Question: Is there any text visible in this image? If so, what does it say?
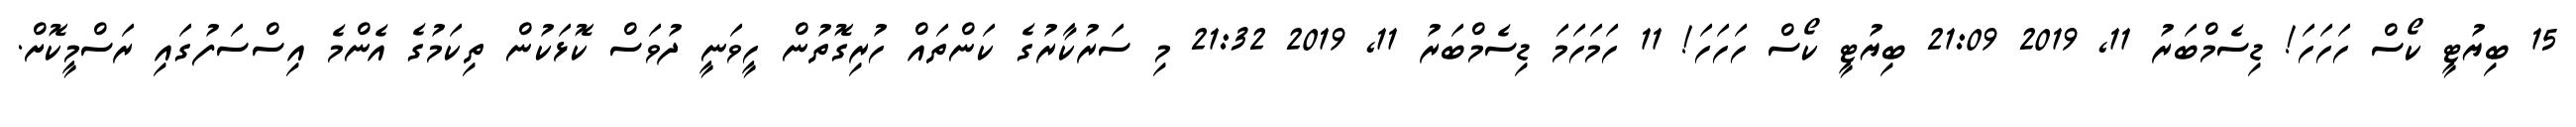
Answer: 15 ބިޔުޓީ ކޯސް ހަހަހަ! ޑިސެމްބަރު 11, 2019 21:09 ބިޔުޓީ ކޯސް ހަހަހަ! 11 ހަމަހަމަ ޑިސެމްބަރު 11, 2019 21:32 މި ސަރުކާރުގެ ކަންތައް ހުރިގޮތުން ހީވަނީ ދުވަސް ކޮޅަކުން ތިކަމުގެ އެންމެ އިސްސަފުގައި ރަސްމީކޮށް.